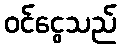
ဝင်ငွေသည်